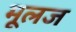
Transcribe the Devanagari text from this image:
मूलज